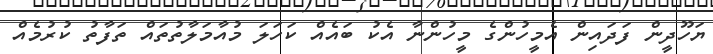
ޔަހޫދީން ފަދައިން އެމީހުންގެ މީހުންނާ އެކު ބައެއް ކަހަލަ މުއާމަލާތުތައް ތަފާތު ކުރުމެއް